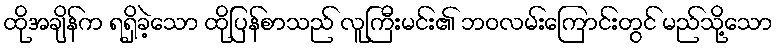
ထိုအချိန်က ရရှိခဲ့သော ထိုပြန်စာသည် လူကြီးမင်း၏ ဘဝလမ်းကြောင်းတွင် မည်သို့သော